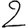
Digit: 2